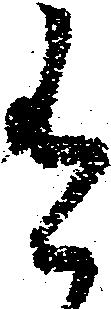
有